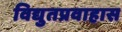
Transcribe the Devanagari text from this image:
विद्युतप्रवाहास